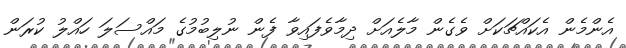
އެންމެން އެކައްޗަކަށް ވެގެން މާލެއަށް ދިމާވެފައިވާ ފެން ނުލިބުމުގެ މައްސަލަ ހައްލު ކުރަން